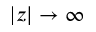
| z | \rightarrow \infty